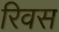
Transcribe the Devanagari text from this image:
रिवस